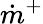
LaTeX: \dot{m}^{+}